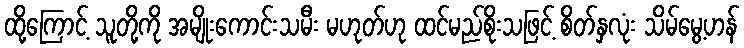
ထို့ကြောင့် သူတို့ကို အမျိုးကောင်းသမီး မဟုတ်ဟု ထင်မည်စိုးသဖြင့် စိတ်နှလုံး သိမ်မွေ့ဟန်